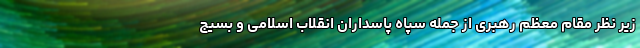
زیر نظر مقام معظم رهبری از جمله سپاه پاسداران انقلاب اسلامی و بسیج